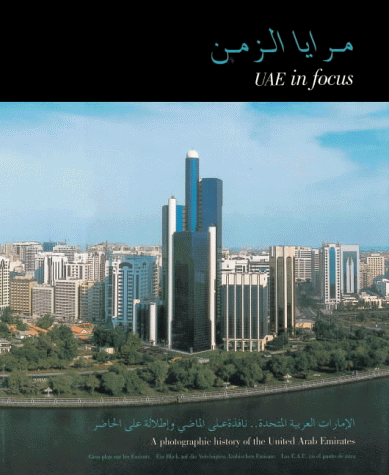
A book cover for UAE in Focus: A Photographic History of the United Arab Emirates; History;